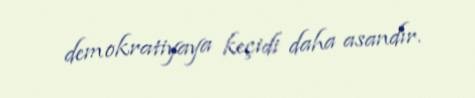
demokratiyaya keçidi daha asandır.